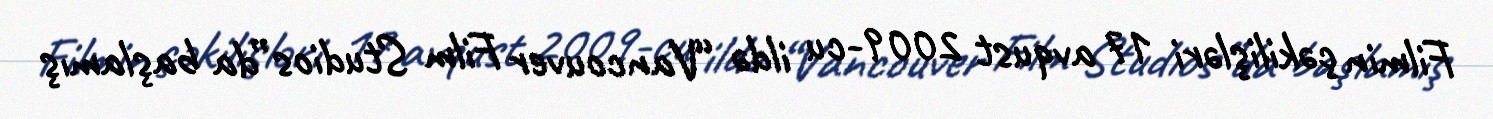
Filmin çəkilişləri 17 avqust 2009-cu ildə “Vancouver Film Studios”da başlamış